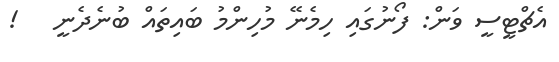
އެޗްޓީސީ ވަން: ފޯނުގައިި ހިމެނޭ މުހިންމު ބައިތައް ބުނެދެނީ   !